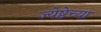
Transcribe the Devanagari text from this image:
ज्येष्ठेच्या